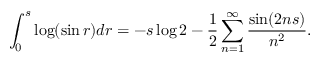
\int _ { 0 } ^ { s } \log ( \sin r ) d r = - s \log 2 - \frac { 1 } { 2 } \sum _ { n = 1 } ^ { \infty } \frac { \sin ( 2 n s ) } { n ^ { 2 } } .